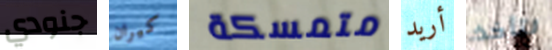
جنودي كيران متمسكة أريد لتأخذ